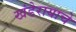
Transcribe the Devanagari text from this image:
खंडेरायाचे